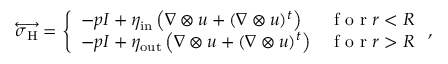
\overleftrightarrow { \boldsymbol { \sigma } _ { \mathrm { H } } } = \left\{ \begin{array} { l l } { \displaystyle - p \boldsymbol { I } + \eta _ { \mathrm { i n } } \left( \nabla \otimes \boldsymbol { u } + ( \nabla \otimes \boldsymbol { u } ) ^ { t } \right) } & { \textrm { f o r } r < R } \\ { \displaystyle - p \boldsymbol { I } + \eta _ { \mathrm { o u t } } \left( \nabla \otimes \boldsymbol { u } + ( \nabla \otimes \boldsymbol { u } ) ^ { t } \right) } & { \textrm { f o r } r > R } \end{array} \right. ,